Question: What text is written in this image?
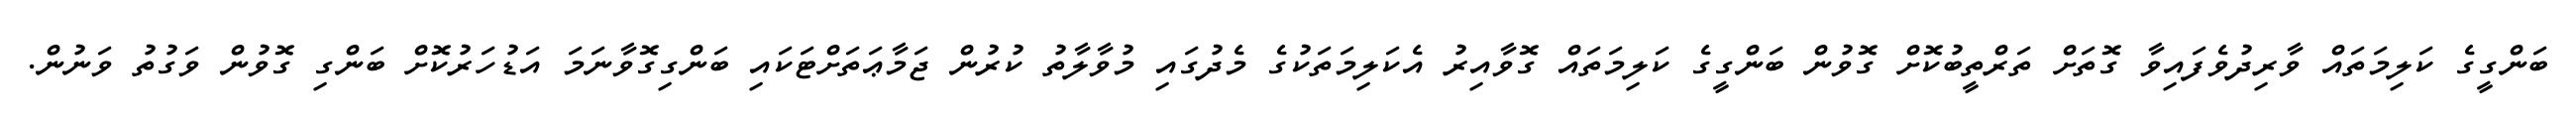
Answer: ބަންގީގެ ކަލިމަތައް ވާރިދުވެފައިވާ ގޮތަށް ތަރްތީބުކޮށް ގޮވުން ބަންގީގެ ކަލިމަތައް ގޮވާއިރު އެކަލިމަތަކުގެ މެދުގައި މުވާލާތު ކުރުން ޖަމާޢަތަށްޓަކައި ބަންގިގޮވާނަމަ އަޑުހަރުކޮށް ބަންގި ގޮވުން ވަގުތު ވަނުން.